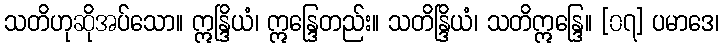
သတိဟုဆိုအပ်သော။ ဣန္ဒြိယံ၊ ဣန္ဒြေတည်း။ သတိန္ဒြိယံ၊ သတိဣန္ဒြေ။ [၀၇] ပမာဒေ၊